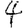
Digit: 4